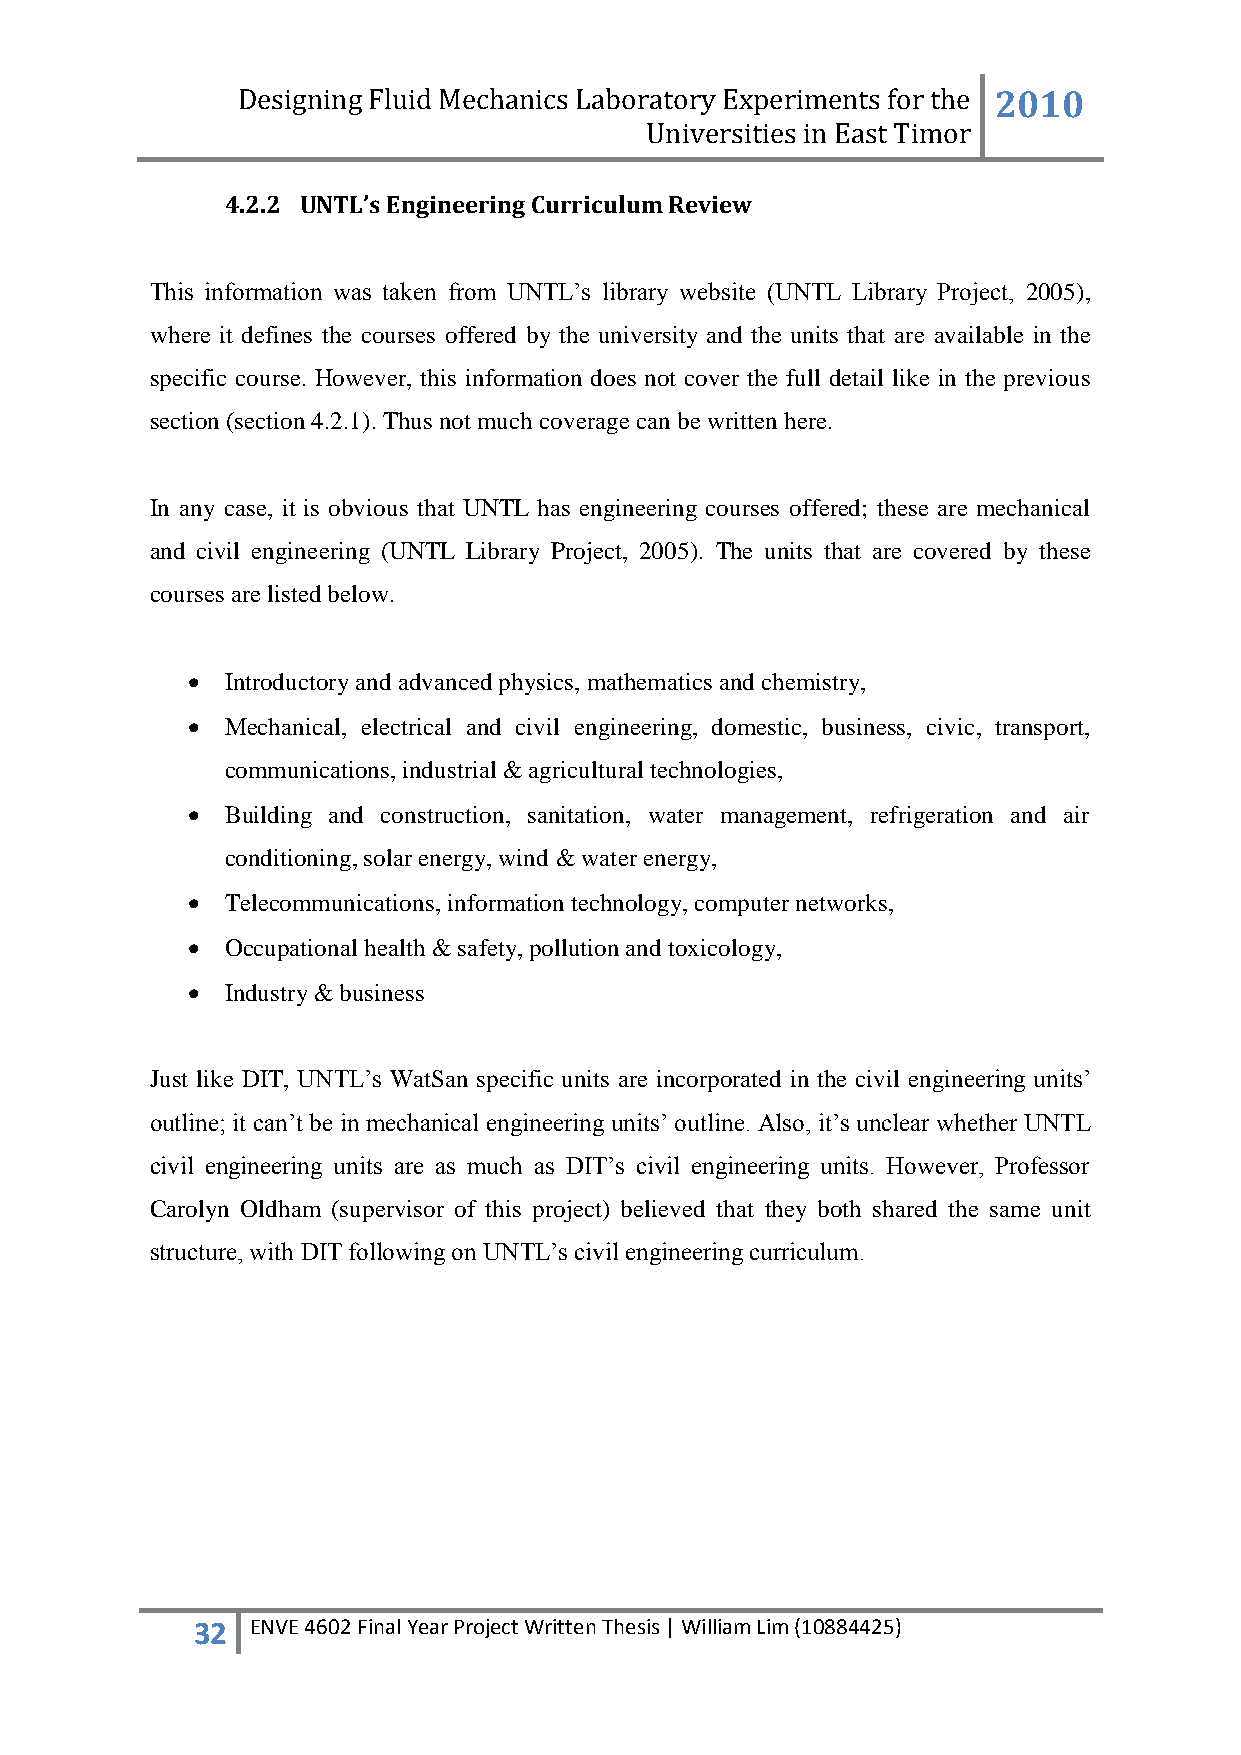
Designing Fluid Mechanics Laboratory Experiments for the 2010
 Universities in East Timor
 4.2.2 UNTL’s Engineering Curriculum Review
 This information was taken from UNTL‟s library website (UNTL Library Project, 2005),
 where it defines the courses offered by the university and the units that are available in the
 specific course. However, this information does not cover the full detail like in the previous
 section (section 4.2.1). Thus not much coverage can be written here.
 In any case, it is obvious that UNTL has engineering courses offered; these are mechanical
 and civil engineering (UNTL Library Project, 2005). The units that are covered by these
 courses are listed below.
   Introductory and advanced physics, mathematics and chemistry,
   Mechanical, electrical and civil engineering, domestic, business, civic, transport,
 communications, industrial & agricultural technologies,
   Building and construction, sanitation, water management, refrigeration and air
 conditioning, solar energy, wind & water energy,
   Telecommunications, information technology, computer networks,
   Occupational health & safety, pollution and toxicology,
   Industry & business
 Just like DIT, UNTL‟s WatSan specific units are incorporated in the civil engineering units‟
 outline; it can‟t be in mechanical engineering units‟ outline. Also, it‟s unclear whether UNTL
 civil engineering units are as much as DIT‟s civil engineering units. However, Professor
 Carolyn Oldham (supervisor of this project) believed that they both shared the same unit
 structure, with DIT following on UNTL‟s civil engineering curriculum.
 32  ENVE 4602 Final Year Project Written Thesis | William Lim (10884425)